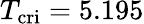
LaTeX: T_{\mathrm{cri}}=5.195